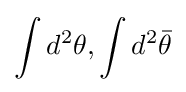
\int d^{2}\theta ,\int d^{2}{\bar {\theta }}